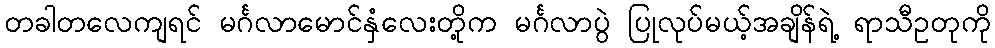
တခါတလေကျရင် မင်္ဂလာမောင်နှံလေးတို့က မင်္ဂလာပွဲ ပြုလုပ်မယ့်အချိန်ရဲ့ ရာသီဥတုကို